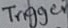
Text: Trigger